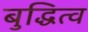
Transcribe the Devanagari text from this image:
बुद्धित्व